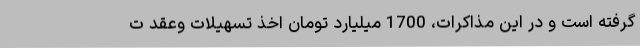
گرفته است و در این مذاکرات، 1700 میلیارد تومان اخذ تسهیلات وعقد ت